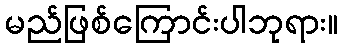
မည်ဖြစ်ကြောင်းပါဘုရား။